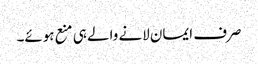
صرف ایمان لانے والے ہی منع ہوئے۔